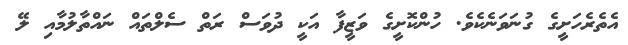
އެތެރެހަށީގެ ގުނަވަނެކެވެ. ހުންކޮށީގެ ވަޒީފާ އަކީ ދުވަސް ރަތް ސެލްތައް ނައްތާލުމާއި ލޭ